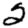
Digit: 2